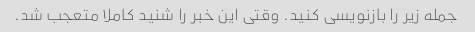
جمله زیر را بازنویسی کنید. وقتی این خبر را شنید کاملا متعجب شد.